Lunatic asylums in Bengal annual reports 1899-1911 - 1899-1911
Year: 1899
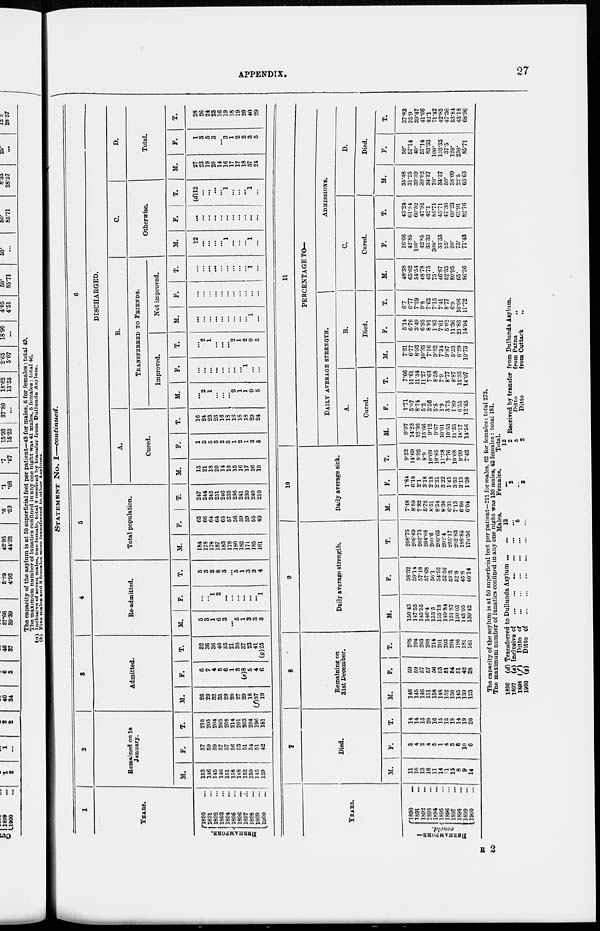
APPENDIX.
27
STATEMENT NO. I—continued.
1
YEARS.
BERHAMPORE.
1890 ...
1891 ...
1892 ...
1893 ...
1894 ...
1895 ...
1896 ...
1897
...
1898 ...
1899 ...
1900
2
Remained on 1st
January.
M.
153
146
145
146
151
158
148
152
150
145
139
F.
57
59
59
57
57
56
53
51
54
51
42
T.
210
205
204
203
208
214
201
203
204
196
181
3
Admitted.
M.
26
29
32
35
29
20
27
29
18
(f)37
19
F.
6
7
4
5
6
1
3
(e)8
5
4
6
T.
32
36
36
40
35
21
30
37
23
41
(g)25
4
Re-admitted.
M.
5
3
1
6
3
...
5
1
3
3
3
F.
...
...
1
2
...
...
...
...
...
...
1
T.
5
3
2
8
3
...
5
1
3
3
4
5
Total population.
M.
184
178
178
187
183
178
180
182
171
185
161
F.
63
66
64
64
63
57
56
59
59
55
49
T.
247
244
242
251
246
235
236
241
230
240
210
6
DISCHARGED.
A.
Cured.
M.
15
21
18
20
14
15
15
16
17
26
19
F.
1
3
5
3
2
3
1
2
1
3
5
T.
16
24
23
23
16
18
16
18
18
29
24
B.
TRANSFERRED TO FRIENDS.
Improved.
M.
...
2
1
...
...
...
2
1
1
9
5
F.
...
...
...
...
...
...
...
...
1
...
...
T.
...
2
1
...
...
...
2
1
2
9
5
Not improved.
M.
...
...
...
...
...
...
...
...
...
1
...
F.
...
...
...
...
...
...
...
...
...
...
...
T.
...
...
...
...
...
...
...
...
...
1
...
C.
Otherwise.
M.
12
...
...
...
...
1
...
...
...
1
...
F.
...
...
...
...
...
...
...
...
...
...
...
T.
(d)12
...
...
...
...
1
...
...
...
1
...
D.
Total.
M.
27
23
19
20
14
16
17
17
18
37
24
F.
1
3
5
3
...
3
1
2
2
3
5
T.
28
26
24
23
16
19
18
19
20
40
29
YEARS.
BERHAMPORE—
concld.
1890
...
1891 ...
1892 ...
1893 ...
1894 ...
1895 ...
1896 ...
1897 ...
1898 ...
1899 ...
1900 ...
7
Died.
M.
11
10
13
16
11
14
11
15
8
9
14
F.
3
4
2
4
5
1
4
3
6
10
6
T.
14
14
15
20
16
15
15
18
14
19
20
8
Remaining on
31st December.
M.
146
145
146
151
158
148
152
150
145
139
123
F.
59
59
57
57
56
53
51
54
51
42
38
T.
205
204
203
208
214
201
203
204
196
181
161
9
Daily average strength.
M.
150.43
147.55
145.55
146.4
153.5
155.13
149.84
151.87
150.03
143.05
130.42
F.
58.32
59.14
57.18
57.68
56.1
54.52
52.56
53.3
52.8
45.8
40.14
T.
208.75
206.69
202.73
204.08
209.6
209.65
202.4
205.17
202.83
188.85
170.56
10
Daily average sick.
M.
7.48
8.59
7.82
5.72
8.51
8.54
8.36
6.31
7.13
6.86
6.04
F.
1.84
6.10
2.1
3.18
2.18
2.31
3.22
1.45
3.55
3.13
1.38
T.
9.32
14.69
9.92
8.9
10.69
10.85
11.58
7.76
10.68
9.99
7.42
11
PERCENTAGE TO—
DAILY AVERAGE STRENGTH.
A.
Cured.
M.
9.97
14.23
12.36
13.66
9.12
9.67
10.01
10.53
11.33
18.17
14.56
F.
1.71
5.07
8.74
5.2
3.56
5.5
1.9
3.75
1.89
6.55
12.45
T.
7.66
11.61
11.34
11.27
7.63
8.58
7.9
8.77
8.87
15.35
14.07
B.
Died.
M.
7.31
6.77
8.93
10.93
7.16
9.02
7.34
9.87
5.33
6.29
10.73
F.
5.14
6.76
3.49
6.93
8.91
1.83
7.61
5.62
11.36
21.83
14.94
T.
6.7
6.77
7.39
9.8
7.63
7.15
7.41
8.77
6.9
10.06
11.72
ADMISSIONS.
C.
Cured.
M.
48.38
65.62
54.54
48.78
43.75
75.
46.87
52.33
80.95
65.
86.36
F.
16.66
42.85
100.
42.85
33.33
300. 33.33
25.
20.
75.
71.43
T.
43.24
61.54
60.52
47.91
42.1
85.71
45.71
47.36
69.23
65.91
82.76
D.
Died.
M.
35.48
31.25
39.39
39.02
34.37
70.
34.37
50.
38.09
22.5
63.63
F.
50.
57.14
40.
57.14
83.33
100.
133.33
37.5
120.
250.
85.71
T.
37.83
35.9
39.47
41.66
42.1
71.42
42.85
47.36
53.84
43.18
68.96
The capacity of the asylum is at 50 superficial feet per patient—211 for males, 62 for females: total 273.
The maximum number of lunatics confined in any one night was 139 males, 42 females : total 181.
1890
1897
1898
1900
(d) Transferred to Dullunda Asylum ...
(e) Inclusive of
(f)
Ditto of
(g)
Ditto of
Males.
12
...
5
...
Females.
...
2
...
2
Total.
12
2
5
2
Received by transfer from Dullunda Asylum.
Ditto
from Patna
„
Ditto
from Cuttack
„
E 2